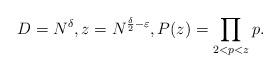
LaTeX: \begin{align*}D=N^{\delta}, z=N^{\frac{\delta}{2}-\varepsilon}, P(z)=\prod_{2<p<z} p.\end{align*}